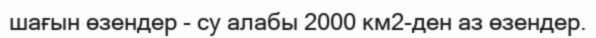
шағын өзендер - су алабы 2000 км2-ден аз өзендер.